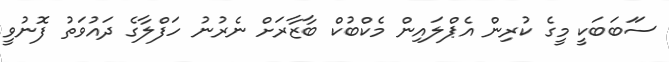
ސަަބަބަކީ މީގެ ކުރިން އެޕްލައިން މެކްބުކް ބާޒާރަށް ނެރުނު ހަފްލާގެ ދައުވަތު ފޮނުވީ